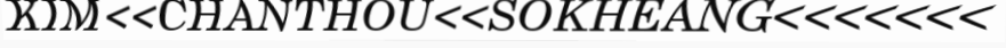
KIM<<CHANTHOU<<SOKHEANG<<<<<<<